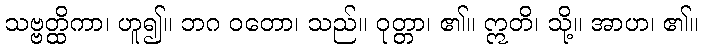
သဗ္ဗတ္ထိကာ၊ ဟူ၍။ ဘဂ ဝတော၊ သည်။ ဝုတ္တာ၊ ၏။ ဣတိ၊ သို့။ အာဟ၊ ၏။